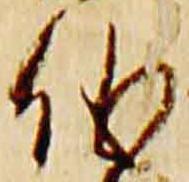
儀